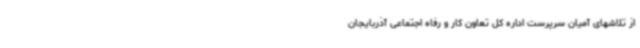
از تلاشهای آمیان سرپرست اداره کل تعاون کار و رفاه اجتماعی آذربایجان